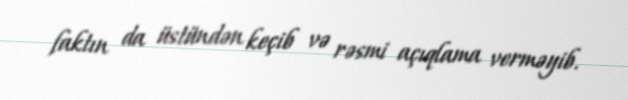
faktın da üstündən keçib və rəsmi açıqlama verməyib.